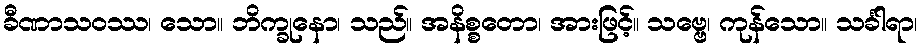
ခီဏာသဝဿ၊ သော။ ဘိက္ခုနော၊ သည်။ အနိစ္စတော၊ အားဖြင့်။ သဗ္ဗေ၊ ကုန်သော။ သင်္ခါရာ၊